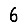
Digit: 6